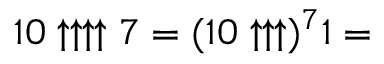
1 0 \uparrow \uparrow \uparrow \uparrow 7 = ( 1 0 \uparrow \uparrow \uparrow ) ^ { 7 } 1 =